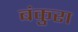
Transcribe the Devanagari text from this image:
बंकुरा